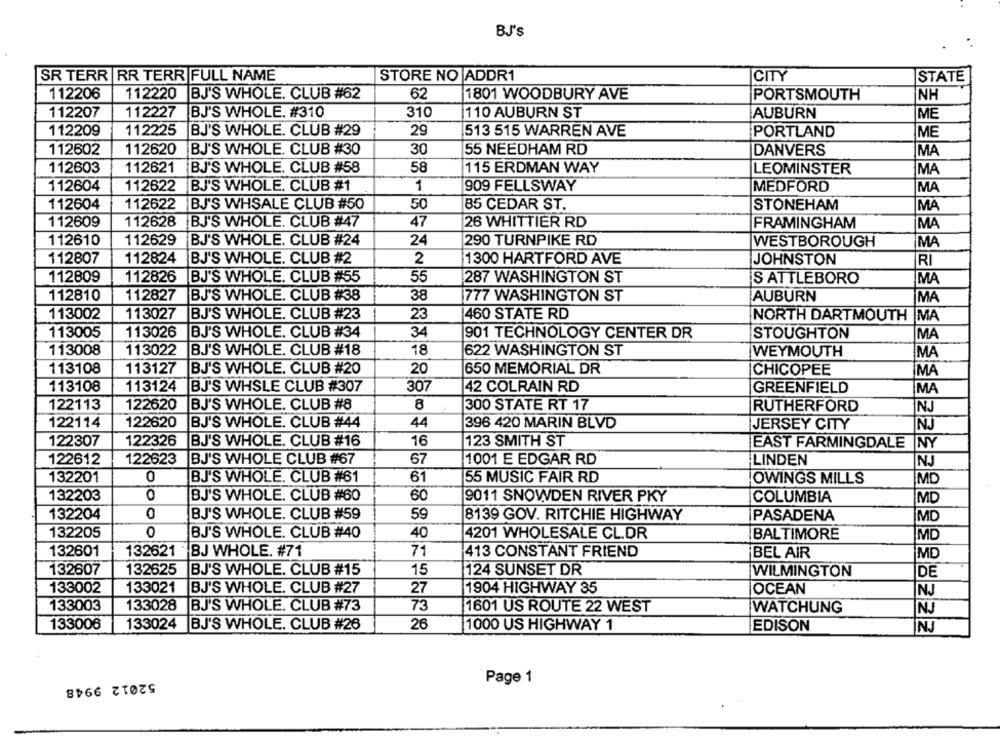
BJ'S
SR TERR RR TERR FULL NAME
STORE NO ADDR1
CITY
STATE
112206
112220 BJ'S WHOLE. CLUB #62
62
1801 WOODBURY AVE
PORTSMOUTH
NH
112227
112207
BJ'S WHOLE. #310
310
110 AUBURN ST
AUBURN
ME
112209
112225 BJ'S WHOLE. CLUB #29
29
513 515 WARREN AVE
PORTLAND
ME
112602
112620
BJ'S WHOLE. CLUB #30
30
55 NEEDHAM RD
DANVERS
MA
112603
112621 BJ'S WHOLE. CLUB #58
58
115 ERDMAN WAY
LEOMINSTER
MA
112604
112622
BJ'S WHOLE. CLUB #1
1
909 FELLSWAY
MEDFORD
MA
112604
112622 BJ'S WHSALE CLUB #50
50
85 CEDAR ST.
STONEHAM
MA
112628 BJ'S WHOLE. CLUB #47
47
112609
26 WHITTIER RD
FRAMINGHAM
MA
112610
112629 BJ'S WHOLE. CLUB #24
24
290 TURNPIKE RD
WESTBOROUGH
MA
112807
112824 BJ'S WHOLE. CLUB #2
2
1300 HARTFORD AVE
JOHNSTON
RI
112809
112826 BJ'S WHOLE. CLUB #55
55
287 WASHINGTON ST
S ATTLEBORO
MA
112810
112827
BJ'S WHOLE. CLUB #38
38
777 WASHINGTON ST
AUBURN
MA
113002
113027
BJ'S WHOLE. CLUB #23
23
460 STATE RD
NORTH DARTMOUTH MA
113005
113026 BJ'S WHOLE. CLUB #34
34
901 TECHNOLOGY CENTER DR
STOUGHTON
MA
113008
113022
BJ'S WHOLE. CLUB #18
18
622 WASHINGTON ST
WEYMOUTH
MA
113108
113127
BJ'S WHOLE. CLUB #20
20
650 MEMORIAL DR
CHICOPEE
MA
113108
113124
BJ'S WHSLE CLUB #307
307
42 COLRAIN RD
GREENFIELD
MA
122113
122620
BJ'S WHOLE. CLUB #8
8
300 STATE RT 17
RUTHERFORD
NJ
122114
122620
BJ'S WHOLE. CLUB #44
44
396 420 MARIN BLVD
JERSEY CITY
NJ
122307
122326 BJ'S WHOLE. CLUB #16
16
123 SMITH ST
EAST FARMINGDALE NY
122612
122623
BJ'S WHOLE CLUB #67
67
1001 E EDGAR RD
LINDEN
NJ
132201
0
BJ'S WHOLE. CLUB #61
61
55 MUSIC FAIR RD
OWINGS MILLS
MD
132203
0
BJ'S WHOLE. CLUB #60
60
9011 SNOWDEN RIVER PKY
COLUMBIA
MD
132204
0
BJ'S WHOLE. CLUB #59
59
8139 GOV. RITCHIE HIGHWAY
PASADENA
MD
132205
0
BJ'S WHOLE. CLUB #40
40
4201 WHOLESALE CL.DR
MD
BALTIMORE
132601
132621 - BJ WHOLE. #71
71
413 CONSTANT FRIEND
BEL AIR
MC
132607
132625
BJ'S WHOLE. CLUB #15
15
124 SUNSET DR
WILMINGTON
DE
133002
133021
BJ'S WHOLE. CLUB #27
27
1904 HIGHWAY 35
OCEAN
NJ
133003
133028 BJ'S WHOLE. CLUB #73
73
1601 US ROUTE 22 WEST
WATCHUNG
NJ
133006
133024 BJ'S WHOLE. CLUB #26
26
1000 US HIGHWAY 1
EDISON
NJ
52012 9948
Page 1